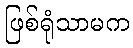
ဖြစ်ရုံသာမက